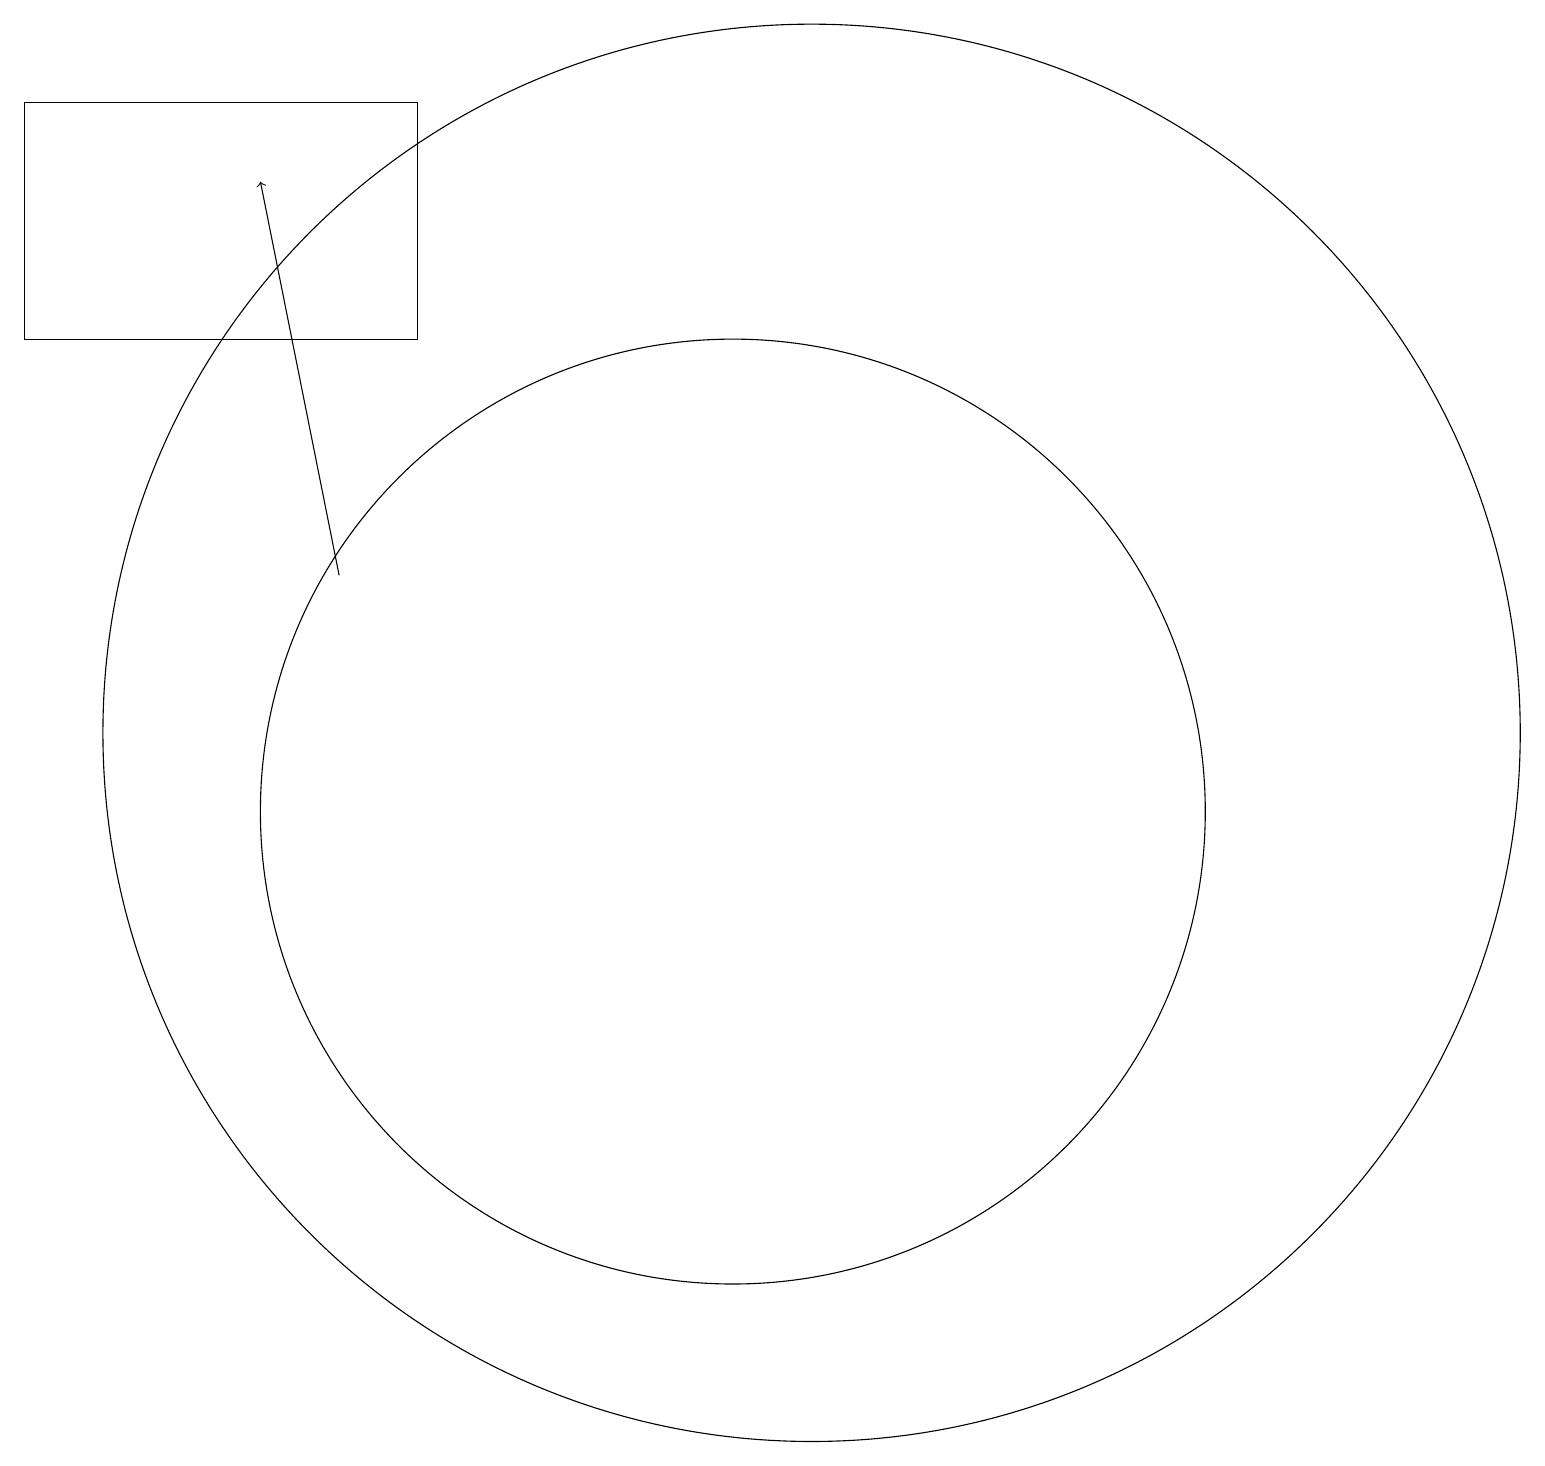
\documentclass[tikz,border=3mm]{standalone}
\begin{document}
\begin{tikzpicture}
\draw (10,10) circle (6);
\draw[->] (5,13) -- (4,18);
\draw (11,11) circle (9);
\draw (6,16) rectangle (1,19);
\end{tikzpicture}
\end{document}